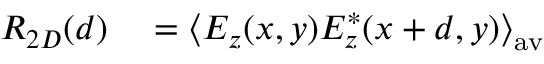
\begin{array} { r l } { R _ { 2 D } ( d ) } & { { } = \left\langle E _ { z } ( x , y ) E _ { z } ^ { * } ( x + d , y ) \right\rangle _ { \mathrm { { a v } } } } \end{array}